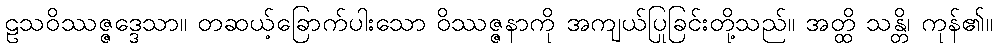
ဠသဝိဿဇ္ဇဒ္ဒေသာ။ တဆယ့်ခြောက်ပါးသော ဝိဿဇ္ဇနာကို အကျယ်ပြုခြင်းတို့သည်။ အတ္ထိ သန္တိ၊ ကုန်၏။